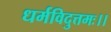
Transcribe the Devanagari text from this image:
धर्मविदुत्तमः।।